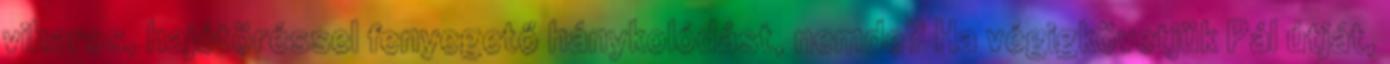
viharos, hajótöréssel fenyegető hánykolódást, nemde? Ha végigkövetjük Pál útját,